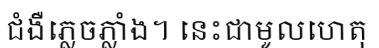
ជំងឺភ្លេចភ្លាំង។ នេះជាមូលហេតុ